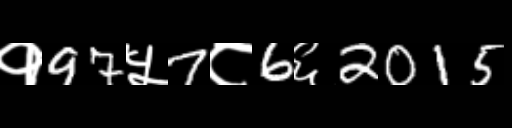
Text: १97५7८6६2015